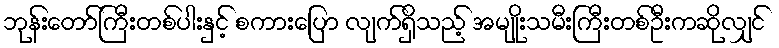
ဘုန်းတော်ကြီးတစ်ပါးနှင့် စကားပြော လျက်ရှိသည့် အမျိုးသမီးကြီးတစ်ဦးကဆိုလျှင်